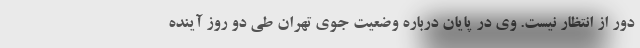
دور از انتظار نیست. وی در پایان درباره وضعیت جوی تهران طی دو روز آینده